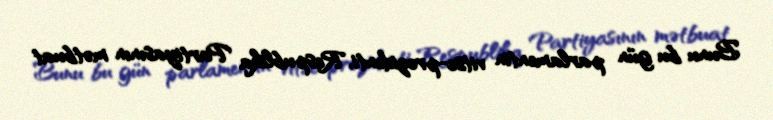
Bunu bu gün parlamentin vitse-prezidenti, Respublika Partiyasının mətbuat